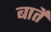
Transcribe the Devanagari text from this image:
बार्ते